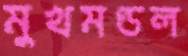
মুখমণ্ডল